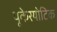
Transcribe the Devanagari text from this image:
यूकेरयोटिक